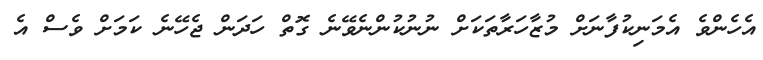
އެހެންވެ އެމަނިކުފާނަށް މުޒާހަރާތަކަށް ނުނުކުންނެވޭނެ ގޮތް ހަދަން ޖެހޭނެ ކަމަށް ވެސް އެ